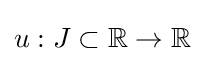
u:J\subset \mathbb {R} \to \mathbb {R}